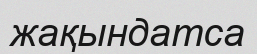
жақындатса